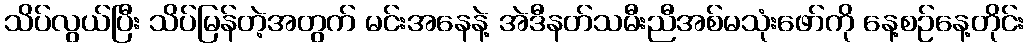
သိပ်လွယ်ပြီး သိပ်မြန်တဲ့အတွက် မင်းအနေနဲ့ အဲဒီနတ်သမီးညီအစ်မသုံးဖော်ကို နေ့စဉ်နေ့တိုင်း